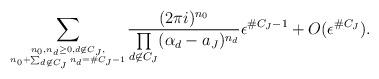
LaTeX: \begin{align*}&\underset{n_0,n_d\ge0, d\not\in C_J ,\atop n_0+\sum_{d\not\in C_J}n_d =\#C_J-1}{\sum}\frac{ (2\pi i)^{n_0} } {\underset{d\not\in C_J}{\prod}{(\alpha_d-a_J)^{n_d}}}\epsilon^{\#C_J-1} +O(\epsilon^{\#C_J}).\end{align*}